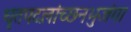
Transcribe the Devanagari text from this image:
धृतपदलांच्छनभुजंगा